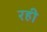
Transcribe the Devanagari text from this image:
रही